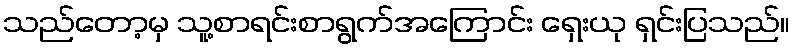
သည်တော့မှ သူ့စာရင်းစာရွက်အကြောင်း ရှေးယု ရှင်းပြသည်။